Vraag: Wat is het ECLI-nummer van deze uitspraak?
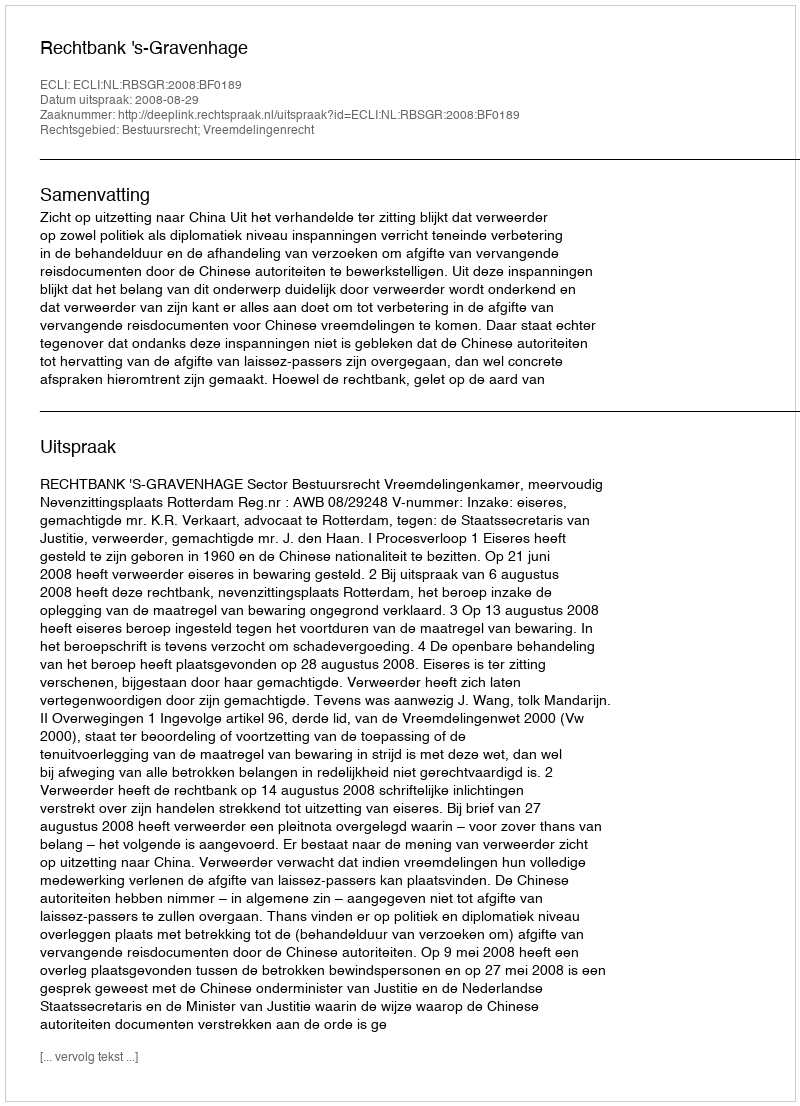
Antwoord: ECLI:NL:RBSGR:2008:BF0189